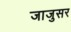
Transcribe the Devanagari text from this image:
जाजुसर